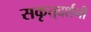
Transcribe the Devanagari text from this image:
सकृत्‌दर्शनी